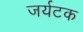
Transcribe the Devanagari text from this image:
जर्यटक